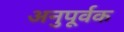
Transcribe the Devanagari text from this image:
अनुपूर्वक